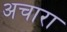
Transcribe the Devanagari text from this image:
अचारा